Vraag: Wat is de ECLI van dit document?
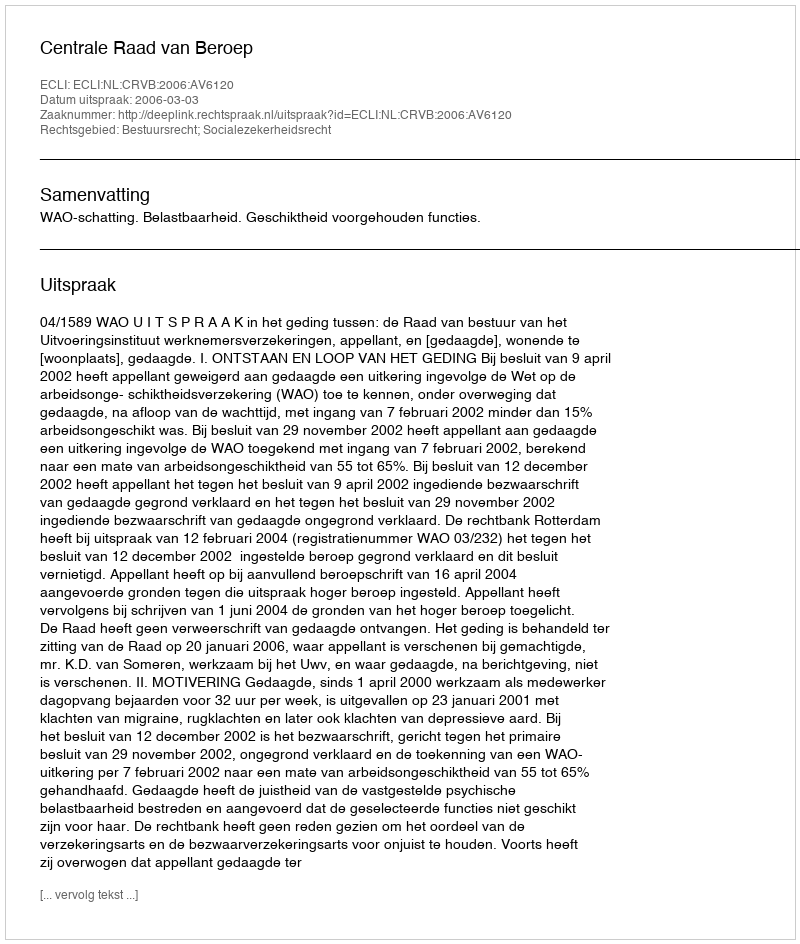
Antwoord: ECLI:NL:CRVB:2006:AV6120